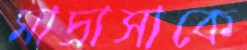
মাদ্রাসাকে